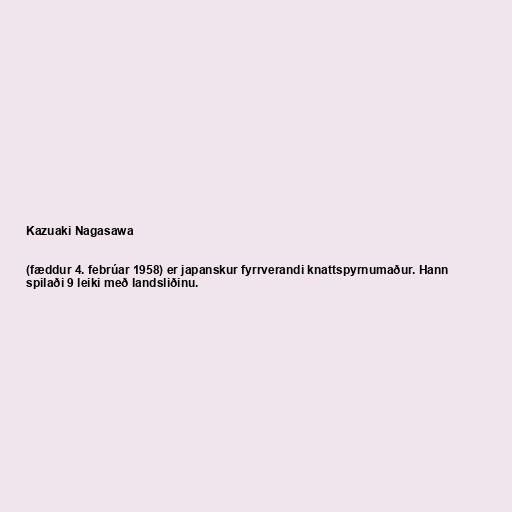
Kazuaki Nagasawa

(fæddur 4. febrúar 1958) er japanskur fyrrverandi knattspyrnumaður. Hann
spilaði 9 leiki með landsliðinu.